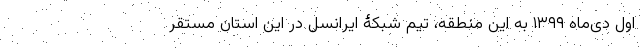
اول دی‌ماه ۱۳۹۹ به این منطقه، تیم شبکۀ ایرانسل در این استان مستقر